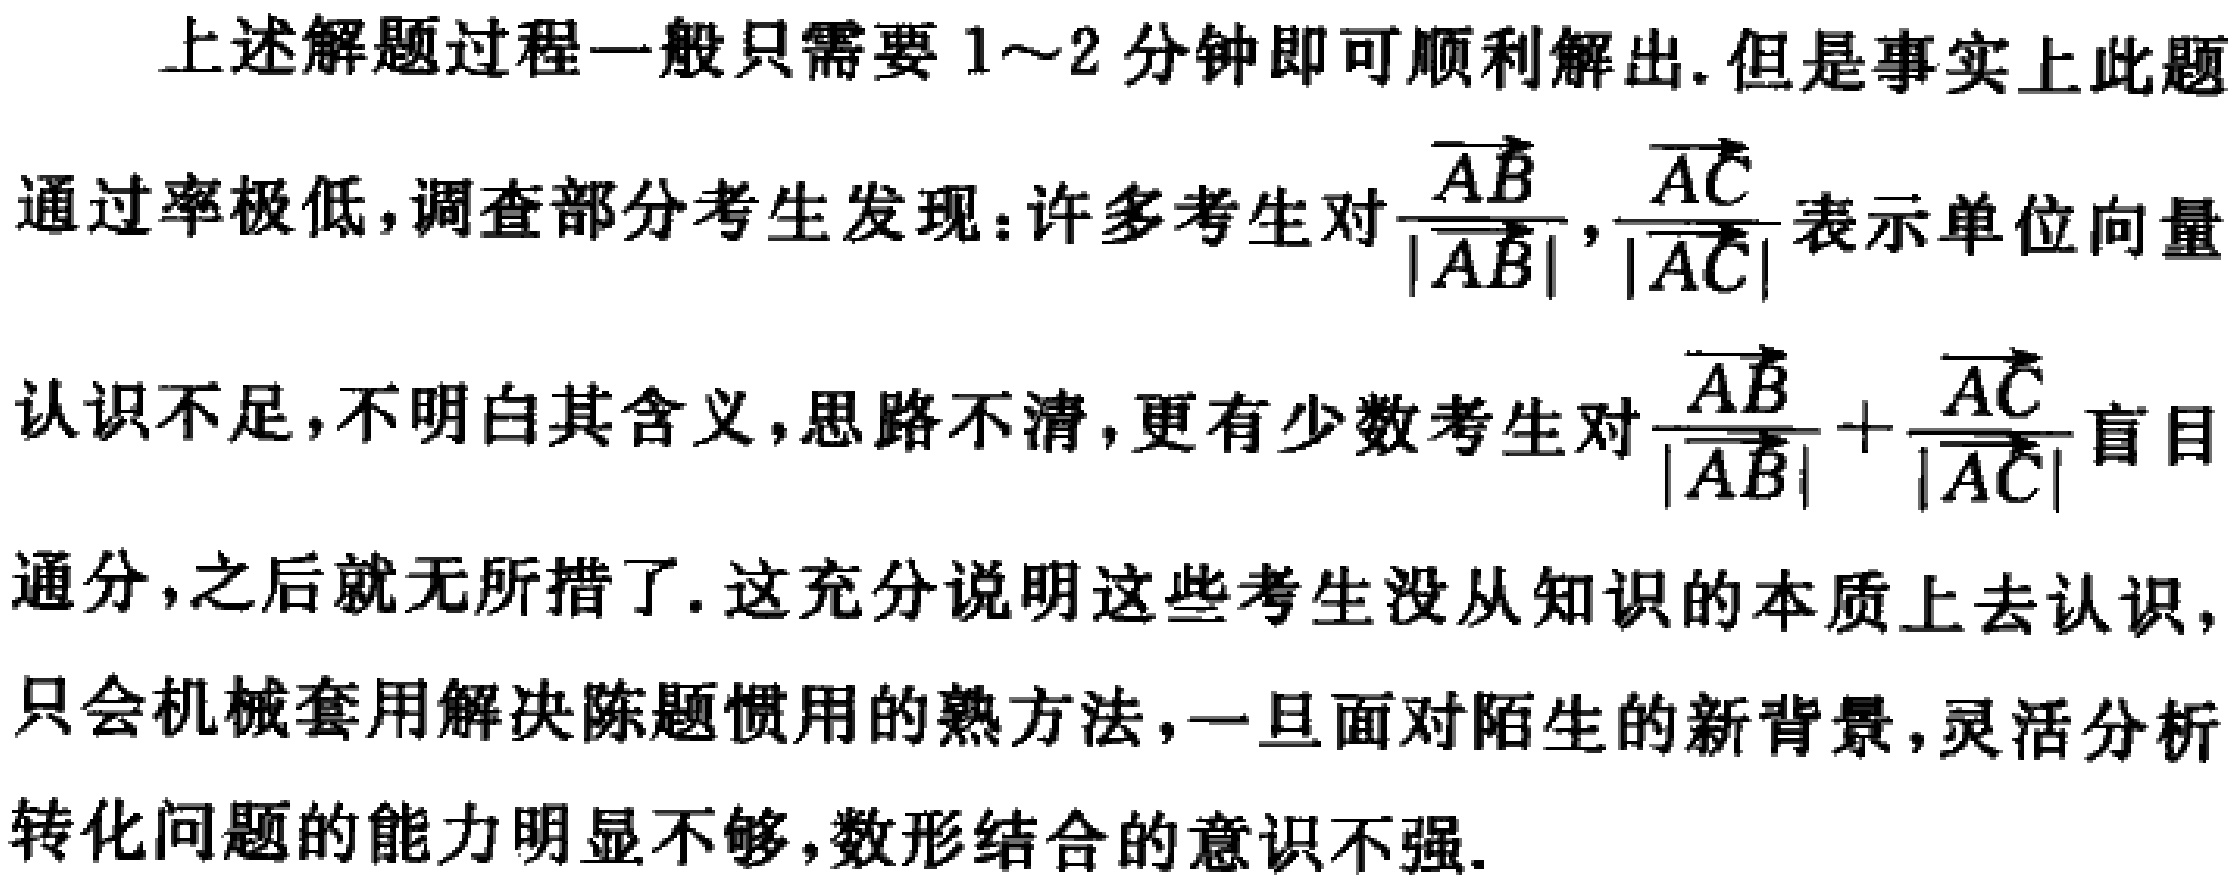
上述解题过程一般只需要1～2分钟即可顺利解出. 但是事实上此题通过率极低, 调查部分考生发现: 许多考生对$\frac{\overrightarrow{AB}}{|\overrightarrow{AB}|},\frac{\overrightarrow{AC}}{|\overrightarrow{AC}|}$表示单位向量认识不足, 不明白其含义, 思路不清, 更有少数考生对$\frac{\overrightarrow{AB}}{|\overrightarrow{AB}|}+\frac{\overrightarrow{AC}}{|\overrightarrow{AC}|}$盲目通分, 之后就无所措了. 这充分说明这些考生没从知识的本质上去认识, 只会机械套用解决陈题惯用的熟方法, 一旦面对陌生的新背景, 灵活分析转化问题的能力明显不够, 数形结合的意识不强.